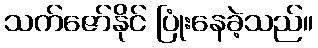
သက်ဇော်နိုင် ပြုံးနေခဲ့သည်။